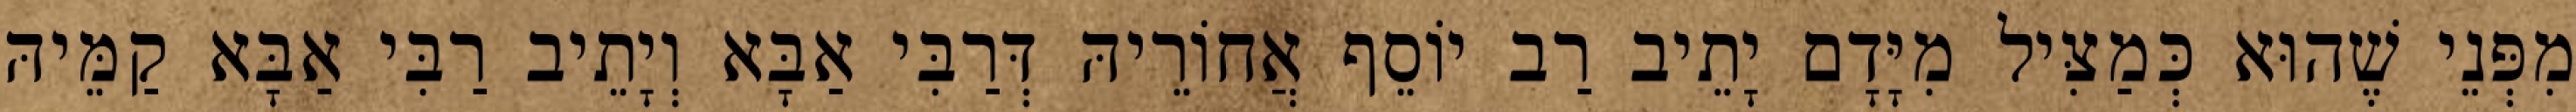
מִפְּנֵי שֶׁהוּא כְּמַצִּיל מִיָּדָם יָתֵיב רַב יוֹסֵף אֲחוֹרֵיהּ דְּרַבִּי אַבָּא וְיָתֵיב רַבִּי אַבָּא קַמֵּיהּ